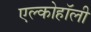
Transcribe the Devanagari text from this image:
एल्कोहॉली